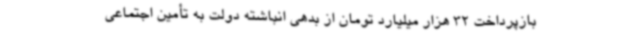
بازپرداخت 32 هزار میلیارد تومان از بدهی انباشته دولت به تأمین ‌اجتماعی